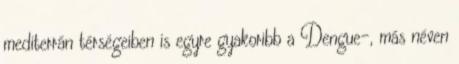
mediterrán térségeiben is egyre gyakoribb a Dengue-, más néven